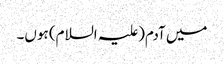
میں آدم(علیہ السلام) ہوں۔